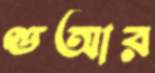
ণ্ডআর